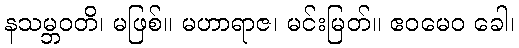
နသမ္ဘဝတိ၊ မဖြစ်။ မဟာရာဇ၊ မင်းမြတ်။ ဧဝမေဝ ခေါ၊